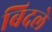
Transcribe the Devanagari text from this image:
बिदले